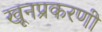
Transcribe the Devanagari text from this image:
खूनप्रकरणी